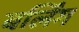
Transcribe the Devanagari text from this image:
बर्लिंग